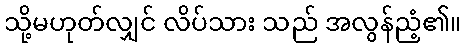
သို့မဟုတ်လျှင် လိပ်သား သည် အလွန်ညံ့၏။